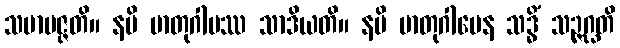
သမာပဇ္ဇတိ။ နပိ မာတုဂါမဿ သာဒိယတိ။ နပိ မာတုဂါမေန သဒ္ဓိံ သဉ္ဇဂ္ဃတိ